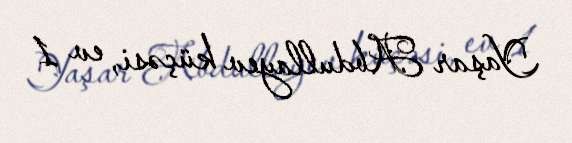
Yaşar Abdullayev küçəsi, ev 1